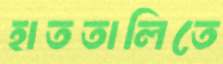
হাততালিতে